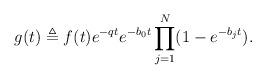
LaTeX: \begin{align*}g(t) \triangleq f(t) e^{-qt} e^{-b_0t}\prod\limits_{j=1}^N (1-e^{-b_j t}).\end{align*}